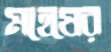
মহেষের